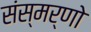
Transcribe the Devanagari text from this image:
संस्मर्णो